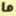
ما